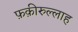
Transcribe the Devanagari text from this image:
फ़क़ीरुल्लाह